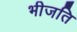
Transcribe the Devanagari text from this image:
भीजति